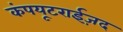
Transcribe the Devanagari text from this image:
कंपयूटराईज़द